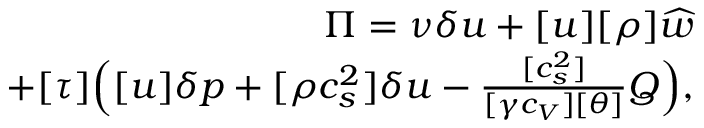
\begin{array} { r } { \Pi = \nu \delta u + [ u ] [ \rho ] \widehat { w } } \\ { + [ \tau ] \Big ( [ u ] \delta p + [ \rho c _ { s } ^ { 2 } ] \delta u - \frac { [ c _ { s } ^ { 2 } ] } { [ \gamma c _ { V } ] [ \theta ] } Q \Big ) , } \end{array}